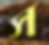
স